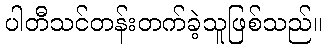
ပါတီသင်တန်းတက်ခဲ့သူဖြစ်သည်။